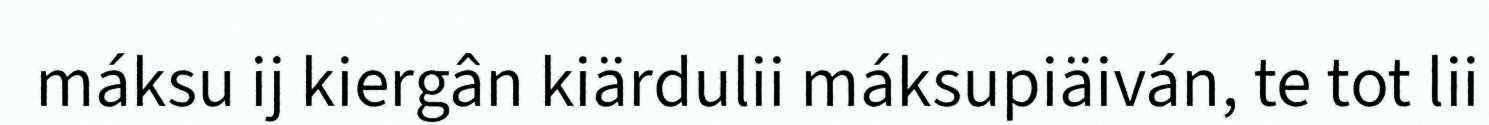
máksu ij kiergân kiärdulii máksupiäiván, te tot lii